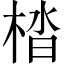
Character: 㭼